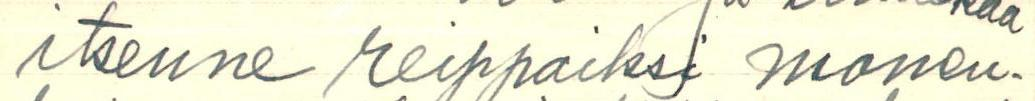
itsenne reippaiksi monen-